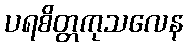
ပရစိတ္တကုသလေန